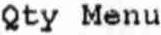
QTY MENU